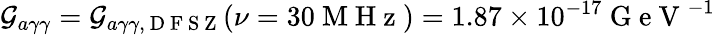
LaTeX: \mathcal{G}_{a\gamma\gamma}=\mathcal{G}_{a\gamma\gamma,\mathrm{{~D~F~S~Z~}}}(\nu=30\mathrm{{~M~H~z~}})=1.87\times10^{-17}\mathrm{{~G~e~V~}}^{-1}